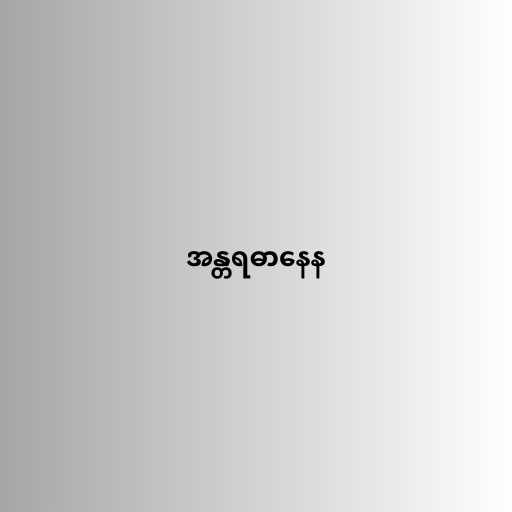
အန္တရဓာနေန